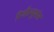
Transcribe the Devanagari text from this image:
रिवौल्युशंस